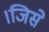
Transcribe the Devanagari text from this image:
।जिसे